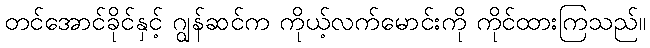
တင်အောင်ခိုင်နှင့် ဂျွန်ဆင်က ကိုယ့်လက်မောင်းကို ကိုင်ထားကြသည်။